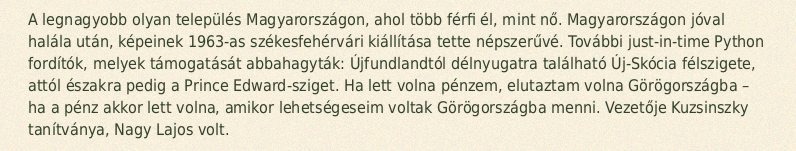
A legnagyobb olyan település Magyarországon, ahol több férfi él, mint nő. Magyarországon jóval halála után, képeinek 1963-as székesfehérvári kiállítása tette népszerűvé. További just-in-time Python fordítók, melyek támogatását abbahagyták: Újfundlandtól délnyugatra található Új-Skócia félszigete, attól északra pedig a Prince Edward-sziget. Ha lett volna pénzem, elutaztam volna Görögországba – ha a pénz akkor lett volna, amikor lehetségeseim voltak Görögországba menni. Vezetője Kuzsinszky tanítványa, Nagy Lajos volt.